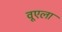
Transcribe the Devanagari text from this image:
वूएला